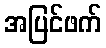
အပြင်ဖက်